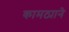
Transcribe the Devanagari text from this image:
कामठ्याने